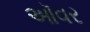
ઑવર